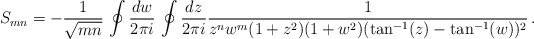
\begin{align*}S_{mn} = -{1\over \sqrt{mn}} \, \ointop{d w\over2\pi i}\, \ointop {dz\over 2\pi i} {1 \over z^n w^m (1 + z^2) (1+w^2)(\tan^{-1}(z) -\tan^{-1}(w))^2}\, .\end{align*}